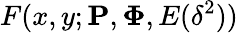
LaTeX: F(x,y;\mathbf{P},\mathbf{\Phi},E(\delta^{2}))